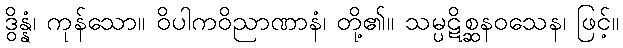
ဒွိန္နံ၊ ကုန်သော။ ဝိပါကဝိညာဏာနံ၊ တို့၏။ သမ္ပဋိစ္ဆနဝသေန၊ ဖြင့်။